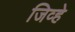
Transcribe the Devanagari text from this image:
जिव्हे